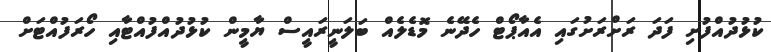
ކުޅުދުއްފުށި ފަދަ ރަށްރަށުގައި އެއާޕޯޓް ހެދޭނެ މޮޑެލެއް ބަލަނީރައީސް ޔާމީން ކުޅުދުއްފުއްޓާއި ހޯރަފުއްޓަށް